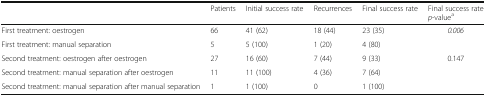
<table><thead><tr><td>[EMPTY_CELL]</td><td><b>Patients</b></td><td><b>Initial success rate</b></td><td><b>Recurrences</b></td><td><b>Final success rate</b></td><td><b>Final success rate<i>p</i>-value<sup>a</sup></b></td></tr></thead><tbody><tr><td>First treatment: oestrogen</td><td>66</td><td>41 (62)</td><td>18 (44)</td><td>23 (35)</td><td rowspan="2"><i>0.006</i></td></tr><tr><td>First treatment: manual separation</td><td>5</td><td>5 (100)</td><td>1 (20)</td><td>4 (80)</td></tr><tr><td>Second treatment: oestrogen after oestrogen</td><td>27</td><td>16 (60)</td><td>7 (44)</td><td>9 (33)</td><td rowspan="2">0.147</td></tr><tr><td>Second treatment: manual separation after oestrogen</td><td>11</td><td>11 (100)</td><td>4 (36)</td><td>7 (64)</td></tr><tr><td>Second treatment: manual separation after manual separation</td><td>1</td><td>1 (100)</td><td>0</td><td>1 (100)</td><td>[EMPTY_CELL]</td></tr></tbody></table>